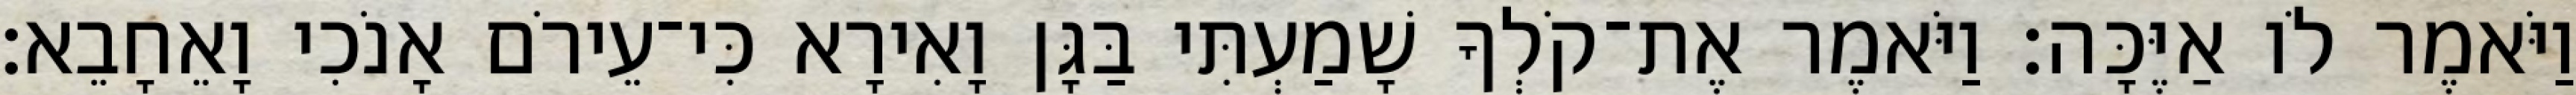
וַיֹּאמֶר לֹו אַיֶּכָּה׃ וַיֹּאמֶר אֶת־קֹלְךָ שָׁמַעְתִּי בַּגָּן וָאִירָא כִּי־עֵירֹם אָנֹכִי וָאֵחָבֵא׃